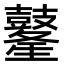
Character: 𪔢